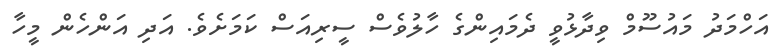
އަހްމަދު މައުސޫމް ވިދާޅުވީ ދެމައިންގެ ހާލުވެސް ސީރިއަސް ކަމަށެވެ. އަދި އަންހެން މީހާ